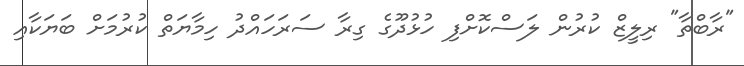
"ރާބްތާ" ރިލީޒް ކުރުން ލަސްކޮށްފި ހުޅުދޫގެ ގިރާ ސަރަހައްދު ހިމާޔަތް ކުރުމަށް ބަޔަކާއި